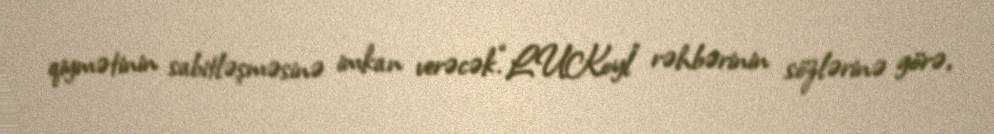
qiymətinin sabitləşməsinə imkan verəcək.“LUKoyl” rəhbərinin sözlərinə görə,